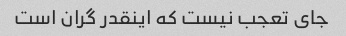
جای تعجب نیست که اینقدر گران است